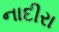
નાદીરા